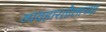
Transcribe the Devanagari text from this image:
व्यवहारतोलाच्या